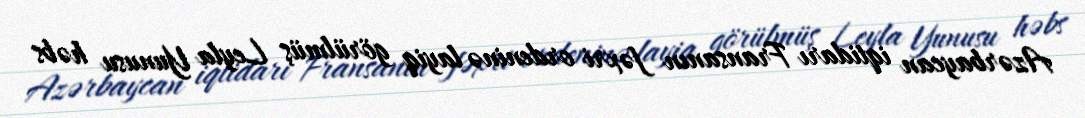
Azərbaycan iqtidarı Fransanın fəxri ordeninə layiq görülmüş Leyla Yunusu həbs